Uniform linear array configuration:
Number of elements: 8
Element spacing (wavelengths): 1
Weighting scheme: hann
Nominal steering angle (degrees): -15
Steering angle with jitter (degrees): -16.299
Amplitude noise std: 0.05
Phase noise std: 0.05

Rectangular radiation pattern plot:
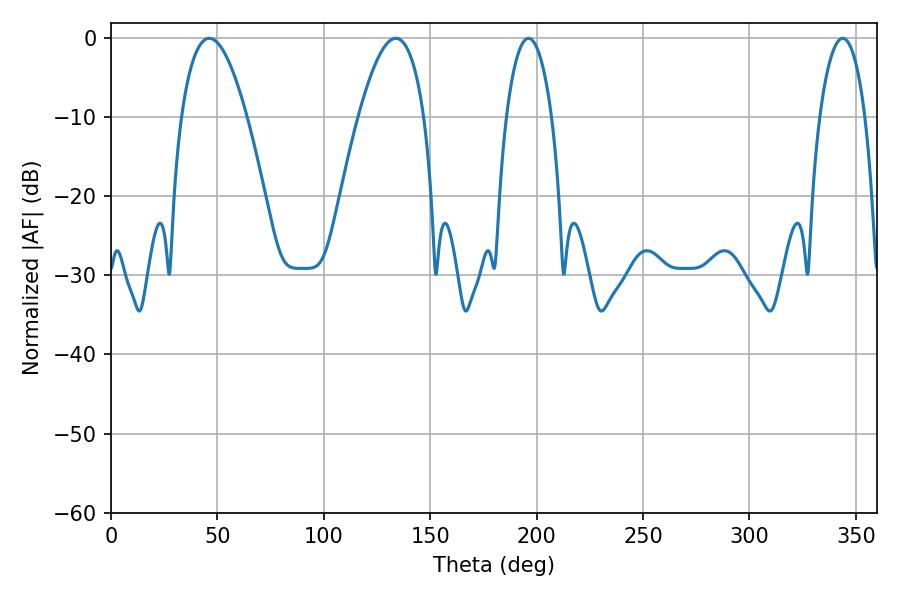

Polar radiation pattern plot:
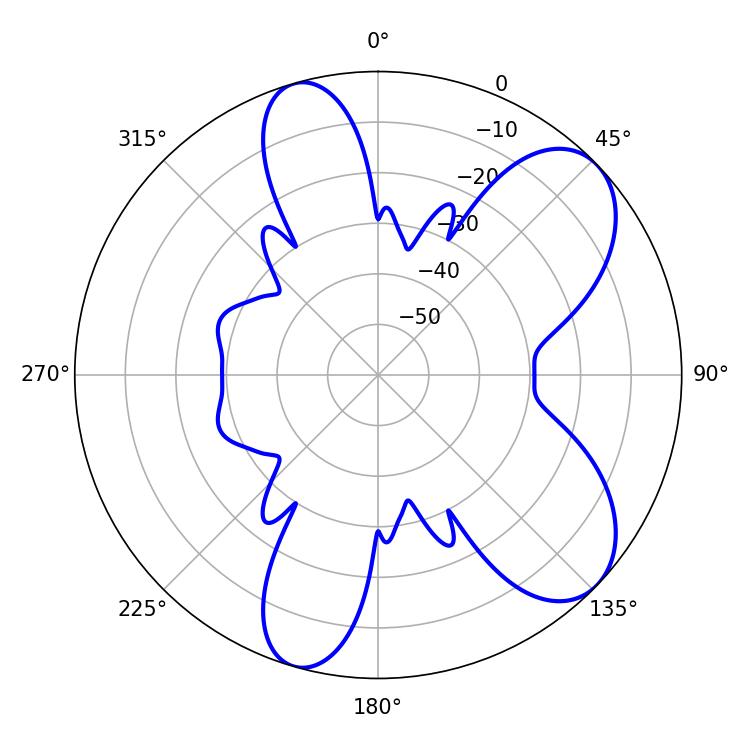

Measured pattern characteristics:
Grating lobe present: TRUE
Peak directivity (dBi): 7.704
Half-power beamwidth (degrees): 12.06
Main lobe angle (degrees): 196.2